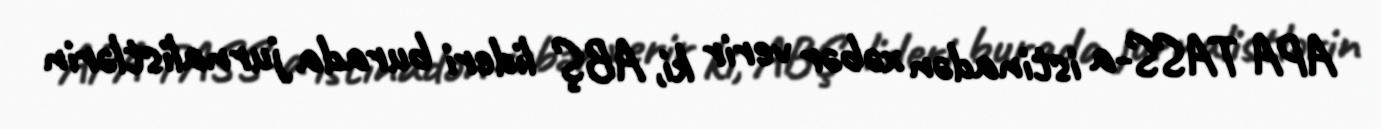
APA TASS-a istinadən xəbər verir ki, ABŞ lideri burada jurnalistlərin